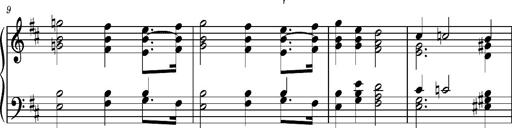
Title: 2 Sketches from 1829, S.692p
Composer: Franz Liszt
Key: B minor
 E flat major